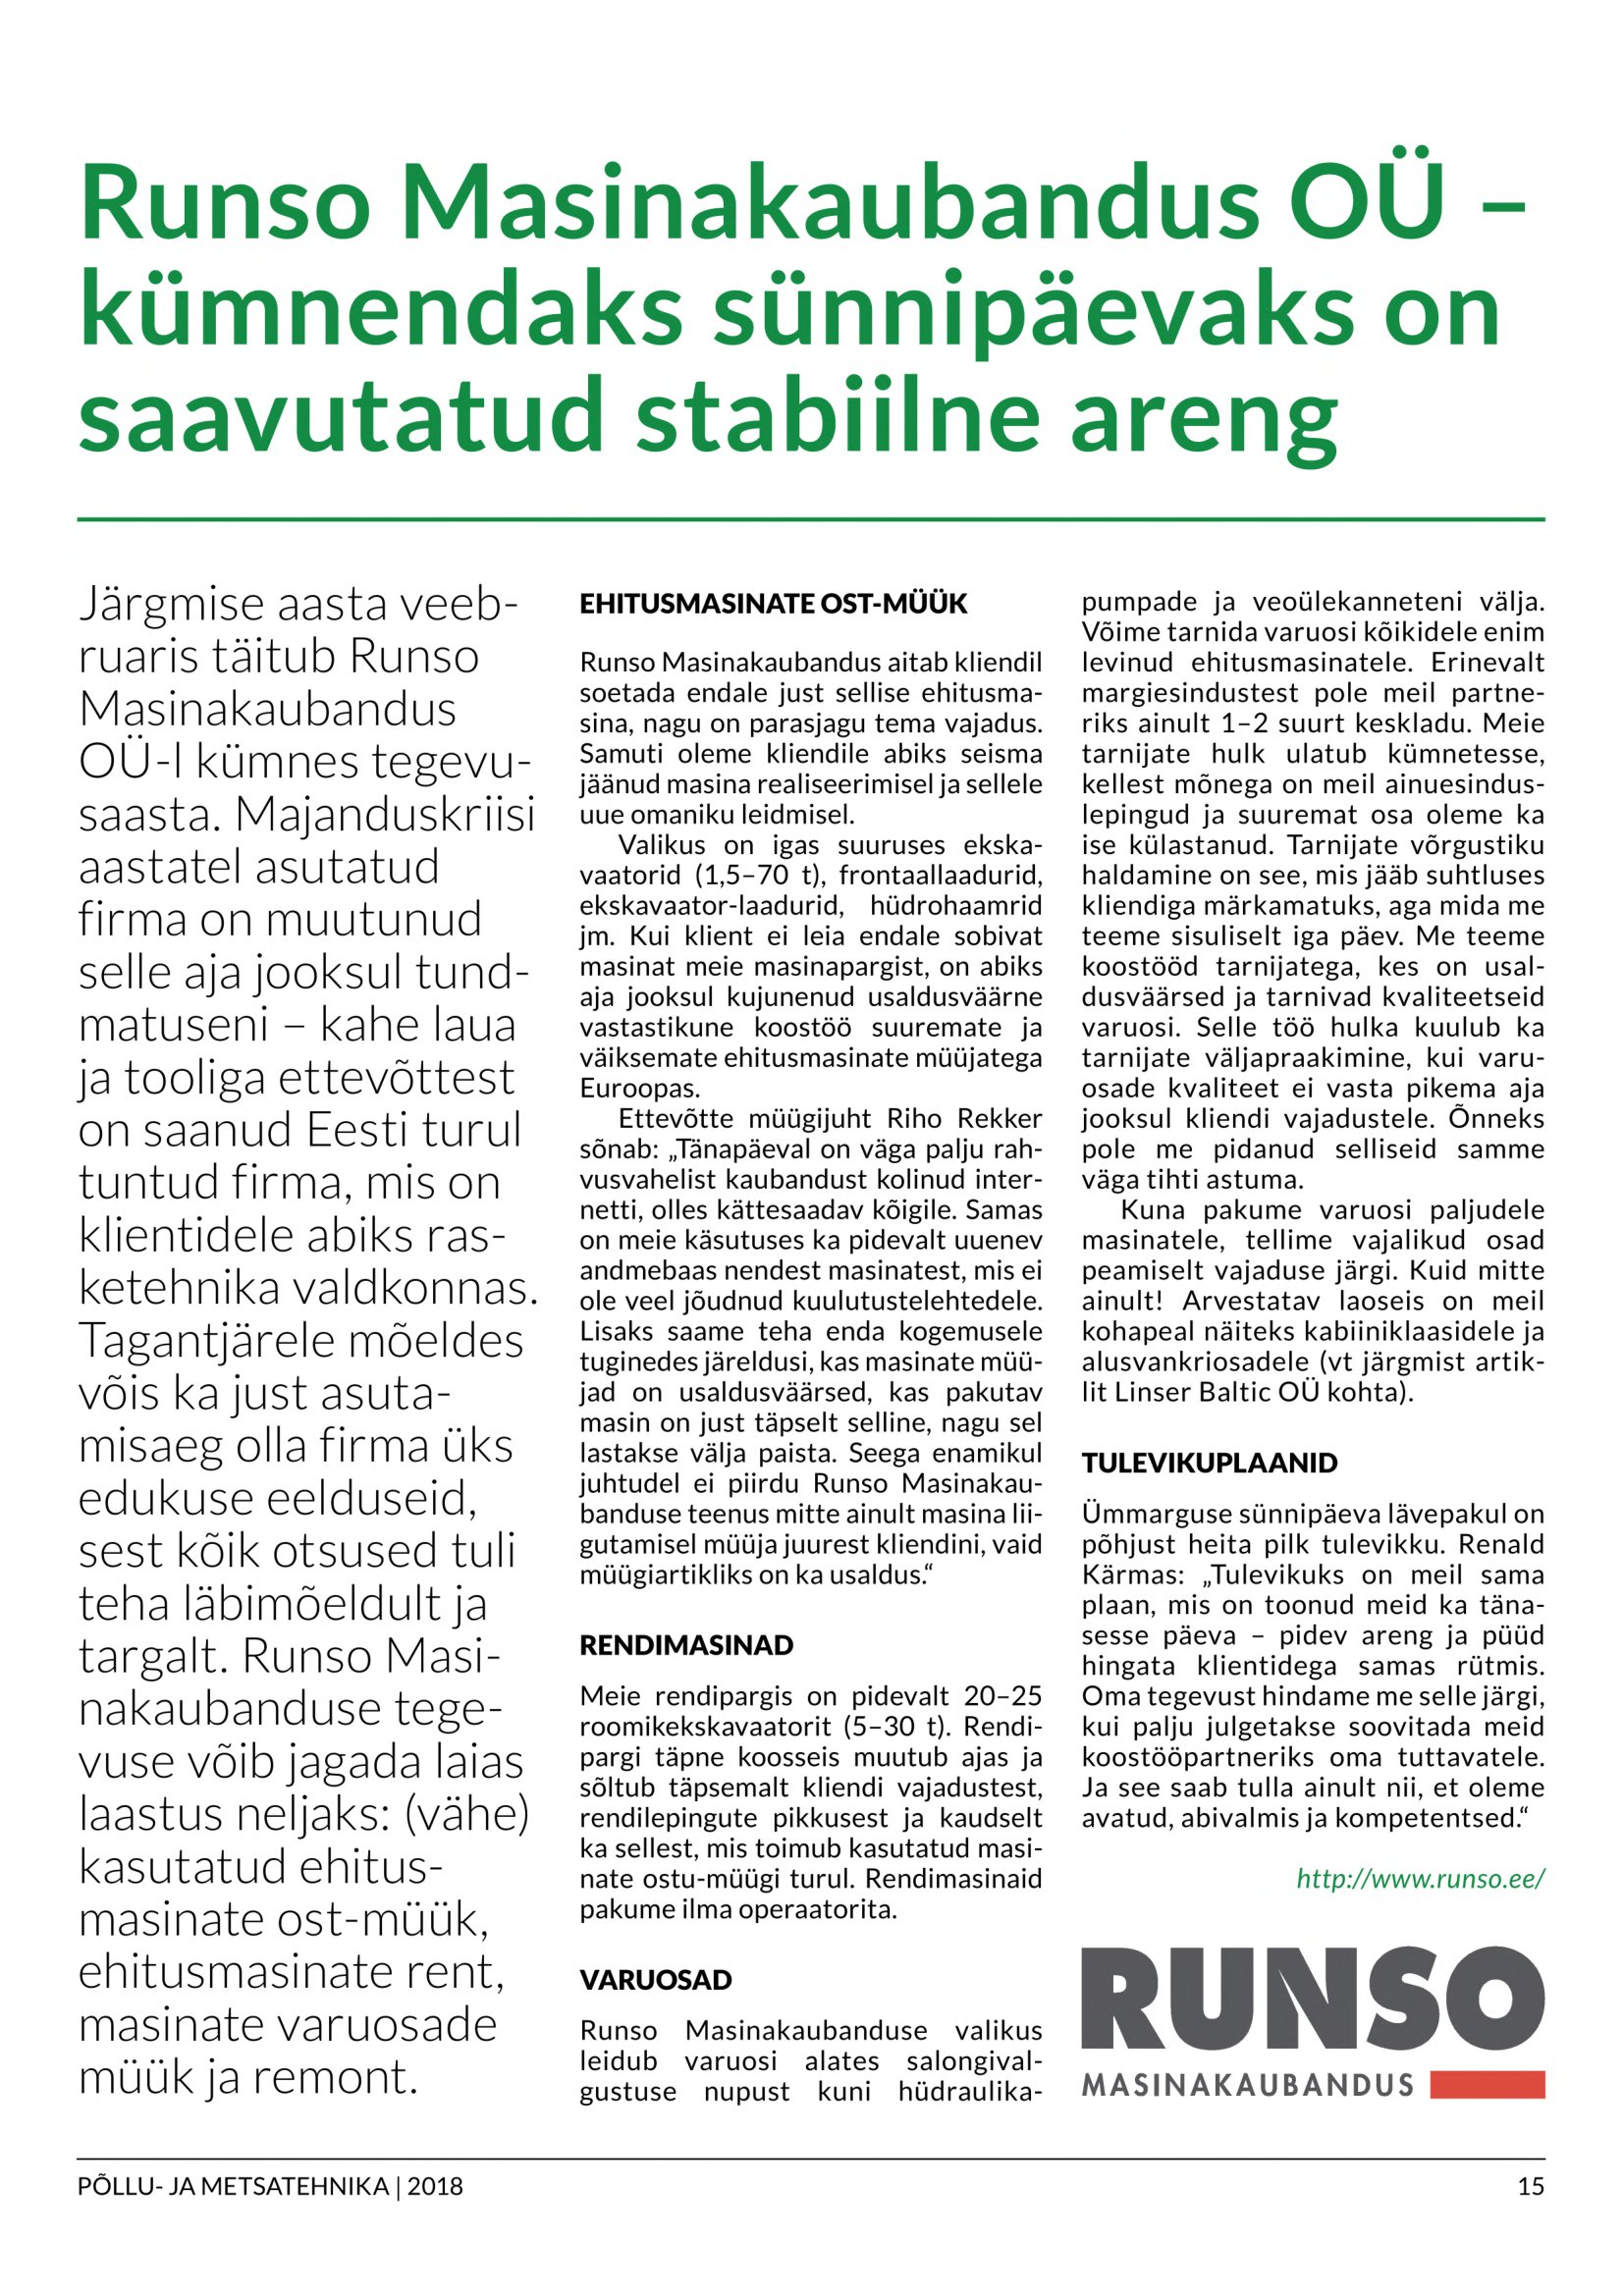
Language: et